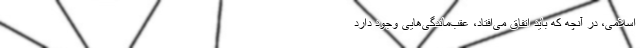
اسلامی، در آنچه که باید اتفاق می‌افتاد، عقب‌ماندگی‌هایی وجود دارد